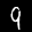
Digit: 9